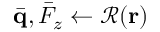
\bar { \mathbf q } , \bar { F } _ { z } \gets \mathcal { R } ( \mathbf r )